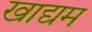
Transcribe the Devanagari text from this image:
खाद्यम